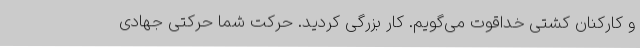
و کارکنان کشتی خداقوت می‌گویم. کار بزرگی کردید. حرکت شما حرکتی جهادی